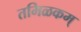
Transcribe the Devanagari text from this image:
तमिळकम्‌